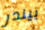
بيندر